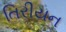
તિરીયન